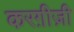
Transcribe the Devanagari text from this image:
करग़ीज़ी